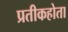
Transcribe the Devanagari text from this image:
प्रतीकहोता